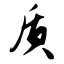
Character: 质